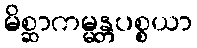
မိစ္ဆာကမ္မန္တပစ္စယာ